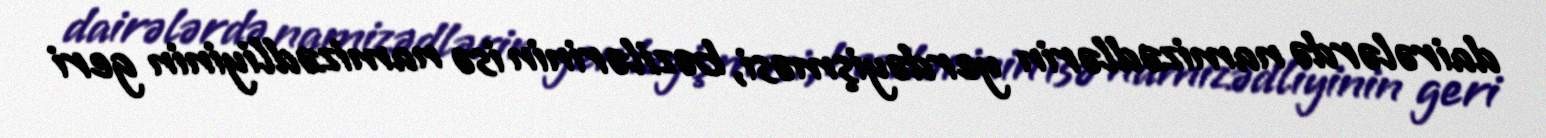
dairələrdə namizədlərin yerdəyişməsi, bəzilərinin isə namizədliyinin geri